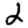
Digit: 2